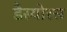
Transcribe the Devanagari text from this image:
डैस्योरस